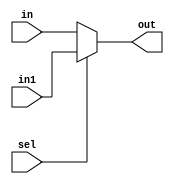
module mux_2to1(sel, in, in1, out);
  input wire in, in1, sel;
  output wire out;
  
  assign out = ((sel == 0) ? in : in1);
endmodule